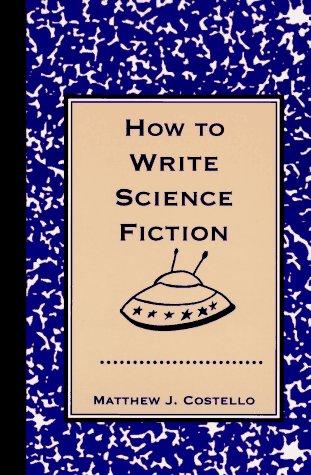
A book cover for How to Write Science Fiction; Matthew J. Costello; Science Fiction & Fantasy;